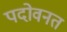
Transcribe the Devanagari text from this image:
पदोवनत